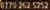
0770 262 5252